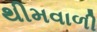
થીમવાળી